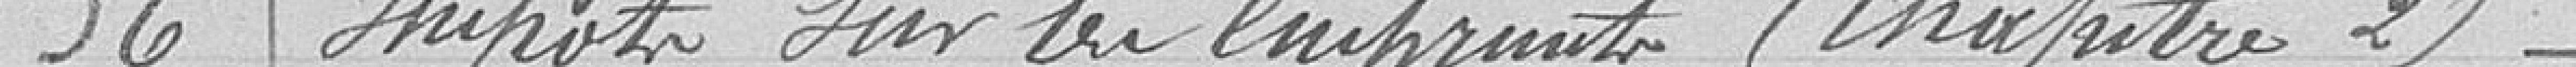
56 Impôts sur les emprunts (chapitre 2)